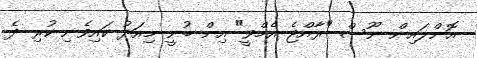
އޮންލައިން ނޫސް "ރާއްޖެ އެމްވީ" އިން ބުނީ މިއަދު ކައިވެނި ކުރި ދެ